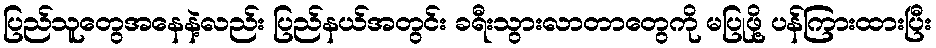
ပြည်သူတွေအနေနဲ့လည်း ပြည်နယ်အတွင်း ခရီးသွားလာတာတွေကို မပြုဖို့ ပန်ကြားထားပြီး